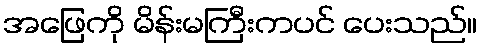
အဖြေကို မိန်းမကြီးကပင် ပေးသည်။